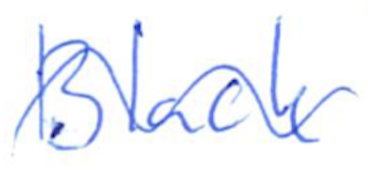
Text: Black
Cross-out: wave
Writing tool: ballpoint